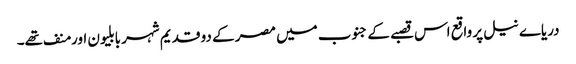
دریاے نیل پر واقع اس قصبے کے جنوب میں مصر کے دو قدیم شہر بابلیون اور منف تھے۔